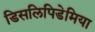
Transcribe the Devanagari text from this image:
डिसलिपिडेमिया